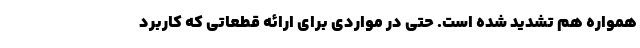
همواره هم تشدید شده است. حتی در مواردی برای ارائه قطعاتی که کاربرد